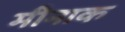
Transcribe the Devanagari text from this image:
मीनाक